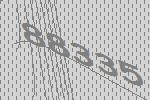
88335